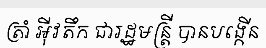
ត្រាំ អ៊ីវតឹក ជារដ្ឋមន្ត្រី បានបង្កើន